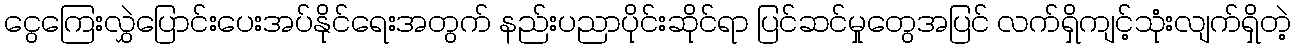
ငွေကြေးလွှဲပြောင်းပေးအပ်နိုင်ရေးအတွက် နည်းပညာပိုင်းဆိုင်ရာ ပြင်ဆင်မှုတွေအပြင် လက်ရှိကျင့်သုံးလျက်ရှိတဲ့